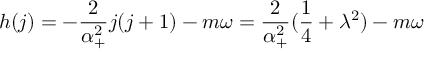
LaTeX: h ( j ) = - \frac 2 { \alpha _ { + } ^ { 2 } } j ( j + 1 ) - m \omega = \frac 2 { \alpha _ { + } ^ { 2 } } ( \frac 1 4 + \lambda ^ { 2 } ) - m \omega